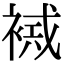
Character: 𧛠